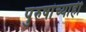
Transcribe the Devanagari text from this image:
पुरुषांच्याही